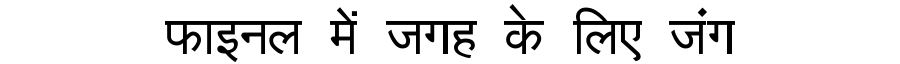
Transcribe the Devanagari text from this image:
फाइनल में जगह के लिए जंग